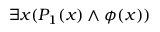
\exists x ( P _ { 1 } ( x ) \land \phi ( x ) )